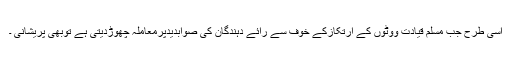
اسی طرح جب مسلم قیادت ووٹوں کے ارتکازکے خوف سے رائے دہندگان کی صوابدیدپرمعاملہ چھوڑدیتی ہے توبھی پریشانی ۔